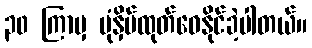
၃၀ ကြာမှ ပုံနှိပ်ထုတ်ဝေနိုင်ခဲ့ပါတယ်။